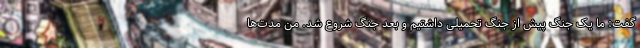
گفت: ما یک جنگ پیش از جنگ تحمیلی داشتیم و بعد جنگ شروع شد. من مدت‌ها